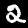
Label: 2